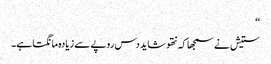
‘‘
ستیش نے سمجھا کہ نتھو شاید دس روپے سے زیادہ مانگتا ہے۔